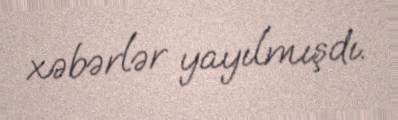
xəbərlər yayılmışdı.